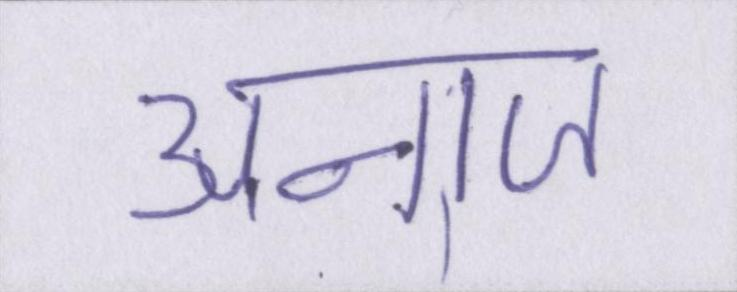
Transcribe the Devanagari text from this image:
अनाज